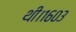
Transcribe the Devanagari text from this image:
थी।१६०३